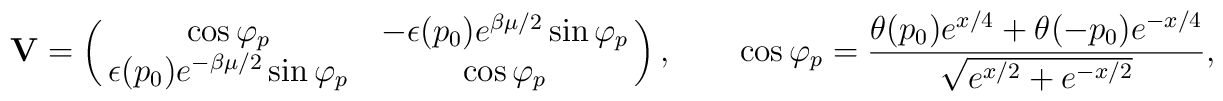
{\bf V } = \pmatrix{\cos  \varphi_p  & - \epsilon(p_0)  e^{\beta \mu/2} \sin  \varphi_p\cr\epsilon(p_0)  e^{-\beta \mu/2}\sin \varphi_p  &  \cos  \varphi_p \cr}  ,  \qquad \cos \varphi_p = {\theta(p_0) e ^{x/4}  + \theta(-p_0) e ^{- x/4}  \over \sqrt{e^{x/2} + e^{-x/2}} } ,